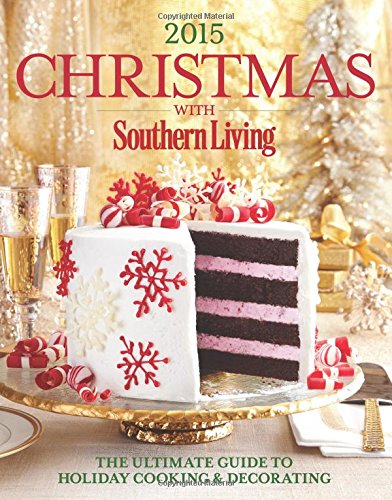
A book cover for Christmas with Southern Living 2015: The Ultimate Guide to Holiday Cooking & Decorating; The Editors of Southern Living Magazine; Cookbooks, Food & Wine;